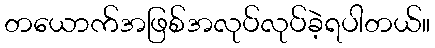
တယောက်အဖြစ်အလုပ်လုပ်ခဲ့ရပါတယ်။